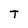
Character: T